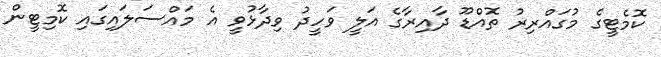
ކޮމެޓީގެ މުގައްރިރު ތޮއްޑޫ ދާއިރާގެ އަލީ ވަހީދު ވިދާޅުވީ އެ މައްސަލައިގައި ކޮމިޓީން